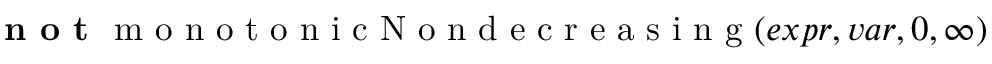
\textbf { n o t } \mathrm { ~ m ~ o ~ n ~ o ~ t ~ o ~ n ~ i ~ c ~ N ~ o ~ n ~ d ~ e ~ c ~ r ~ e ~ a ~ s ~ i ~ n ~ g ~ } ( e x p r , v a r , 0 , \infty )